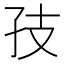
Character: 𪦶